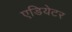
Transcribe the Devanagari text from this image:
एडियेटर